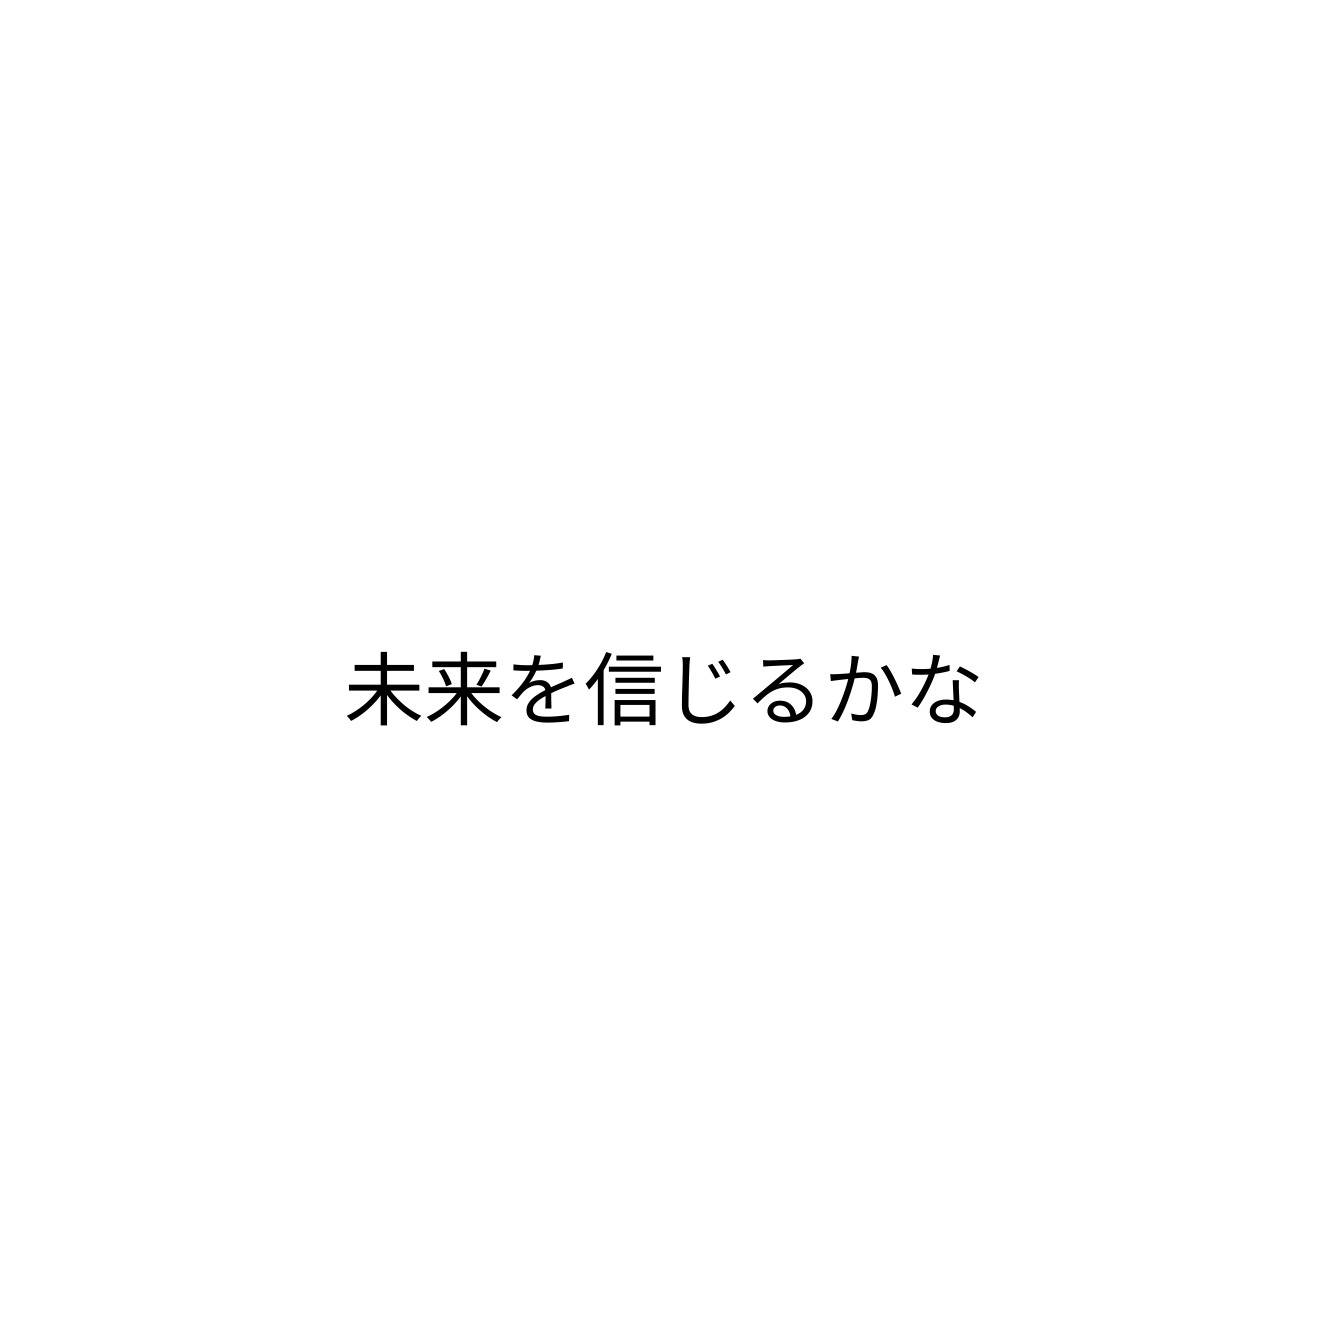
未来を信じるかな